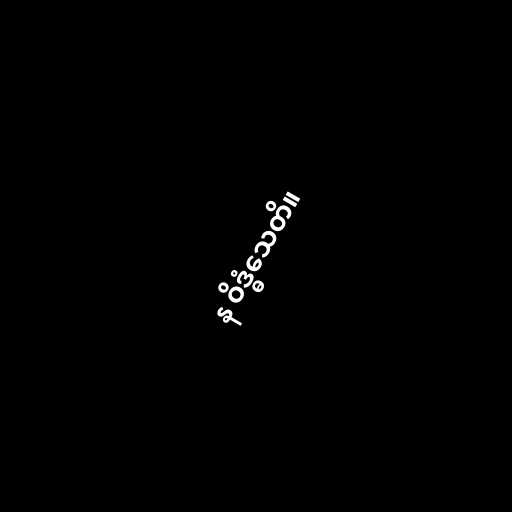
န ဝိဒ္ဓံသေတိ။